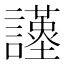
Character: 𧭩